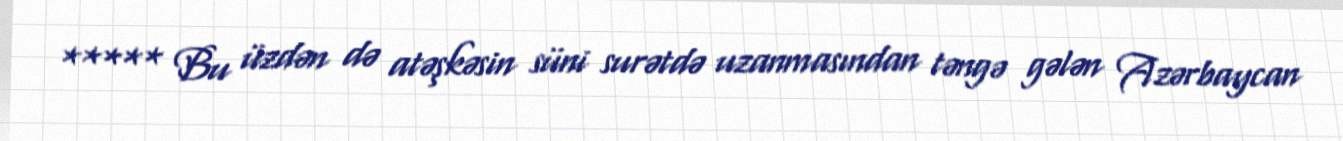
***** Bu üzdən də atəşkəsin süni surətdə uzanmasından təngə gələn Azərbaycan